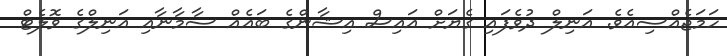
ހަމަޖެއްސިއެވެ. އަނިލް ދުވެފައި ގެޔަށް އައިސް އިޝާންގެ ބައެއް ސާމާނާއި އަނިލްގެ ވޮލެޓް